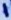
Text: 1